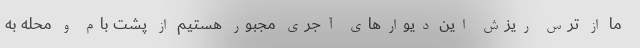
ما از ترس ریزش این دیوارهای آجری مجبور هستیم از پشت بام و محله به